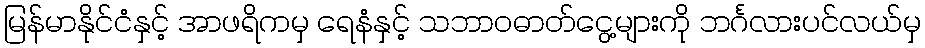
မြန်မာနိုင်ငံနှင့် အာဖရိကမှ ရေနံနှင့် သဘာဝဓာတ်ငွေ့များကို ဘင်္ဂလားပင်လယ်မှ